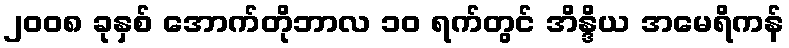
၂၀၀၈ ခုနှစ် အောက်တိုဘာလ ၁၀ ရက်တွင် အိန္ဒိယ အမေရိကန်